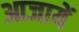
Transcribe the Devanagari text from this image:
आजायें